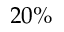
2 0 \%